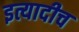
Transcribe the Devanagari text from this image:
इत्यादीच